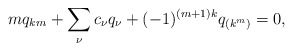
\begin{align*}mq_{km}+\sum_{\nu}c_\nu q_\nu+(-1)^{(m+1)k}q_{(k^m)}=0,\end{align*}